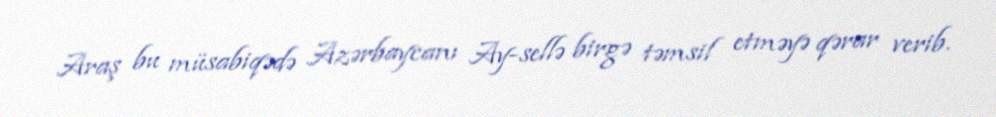
Araş bu müsabiqədə Azərbaycanı Ay-sellə birgə təmsil etməyə qərar verib.